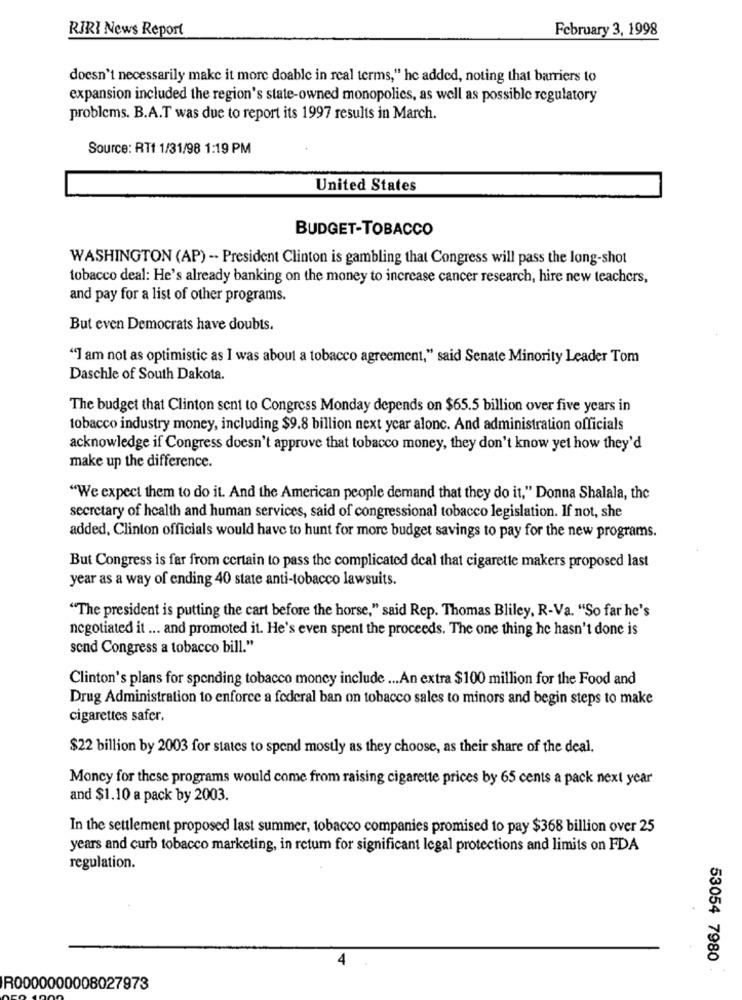
RIRI News Report
February 3, 1998
doesn't necessarily make it more doable in real terms," he added, noting that barriers to
expansion included the region's state-owned monopolies, as well as possible regulatory
problems. B.A.T was due to report its 1997 results in March.
Source: RT1 1/31/98 1:19 PM
United States
BUDGET-TOBACCO
WASHINGTON (AP) -- President Clinton is gambling that Congress will pass the long-shot
tobacco deal: He's already banking on the money to increase cancer research, hire new teachers,
and pay for a list of other programs.
But even Democrats have doubts.
"I am not as optimistic as I was about a tobacco agreement," said Senate Minority Leader Tom
Daschle of South Dakota.
The budget that Clinton sent to Congress Monday depends on $65.5 billion over five years in
tobacco industry money, including $9.8 billion next year alonc. And administration officials
acknowledge if Congress doesn't approve that tobacco money, they don't know yet how they'd
make up the difference.
"We expect them to do it. And the American people demand that they do it," Donna Shalala, the
secretary of health and human services, said of congressional tobacco legislation. If not, she
added, Clinton officials would have to hunt for more budget savings to pay for the new programs.
But Congress is far from certain to pass the complicated deal that cigarette makers proposed last
year as a way of ending 40 state anti-tobacco lawsuits.
"The president is putting the cart before the horse," said Rep. Thomas Bliley, R-Va. "So far he's
negotiated it ... and promoted it. He's even spent the proceeds. The one thing he hasn't done is
send Congress a tobacco bill."
Clinton's plans for spending tobacco money include ... An extra $100 million for the Food and
Drug Administration to enforce a federal ban on tobacco sales to minors and begin steps to make
cigarettes safer.
$22 billion by 2003 for states to spend mostly as they choose, as their share of the deal.
Moncy for these programs would come from raising cigarette prices by 65 cents a pack next year
and $1.10 a pack by 2003.
In the settlement proposed last summer, tobacco companies promised to pay $368 billion over 25
years and curb tobacco marketing, in retum for significant legal protections and limits on FDA
regulation.
4
53054 7980
R0000000008027973